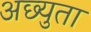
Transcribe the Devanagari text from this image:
अछ्युता